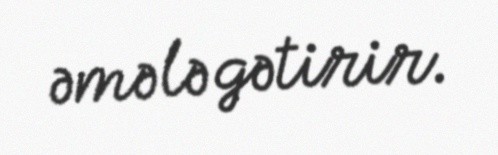
əmələ gətirir.